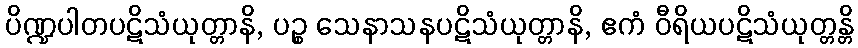
ပိဏ္ဍပါတပဋိသံယုတ္တာနိ, ပဉ္စ သေနာသနပဋိသံယုတ္တာနိ, ဧကံ ဝီရိယပဋိသံယုတ္တန္တိ